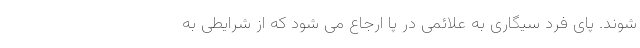
شوند. پای فرد سیگاری به علائمی در پا ارجاع می شود که از شرایطی به